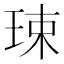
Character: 㻋